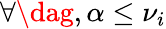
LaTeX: \forall\dag,\alpha\leq\nu_{i}